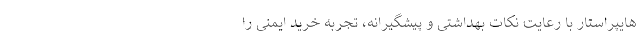
هایپراستار با رعایت نکات بهداشتی و پیشگیرانه، تجربه خرید ایمنی را